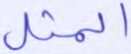
المثل